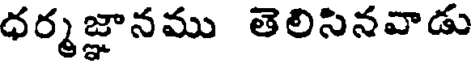
ధర్మజ్ఞానము తెలిసినవాడు